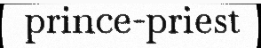
prince-priest